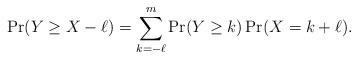
LaTeX: \begin{align*} \Pr(Y \ge X - \ell) = \sum_{k=-\ell}^m \Pr(Y \ge k) \Pr(X = k + \ell). \end{align*}